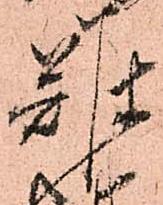
難